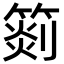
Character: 𥰨